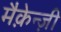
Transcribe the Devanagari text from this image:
मैक़ेन्ज़ी